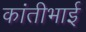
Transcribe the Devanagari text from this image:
कांतीभाई